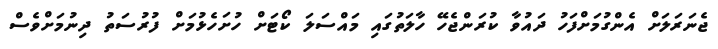
ޖެނަރަލަށް އެންގުމަށްފަހު ދައުވާ ކުރަންޖެހޭ ހާލަތުގައި މައްސަލަ ކޯޓަށް ހުށަހެޅުމަށް ފުރުސަތު ދިނުމަށްވެސް